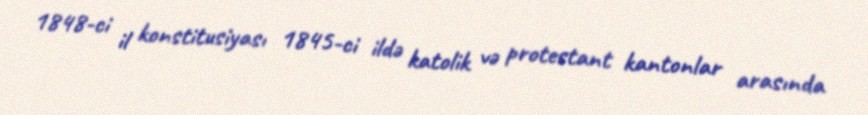
1848-ci il konstitusiyası 1845-ci ildə katolik və protestant kantonlar arasında